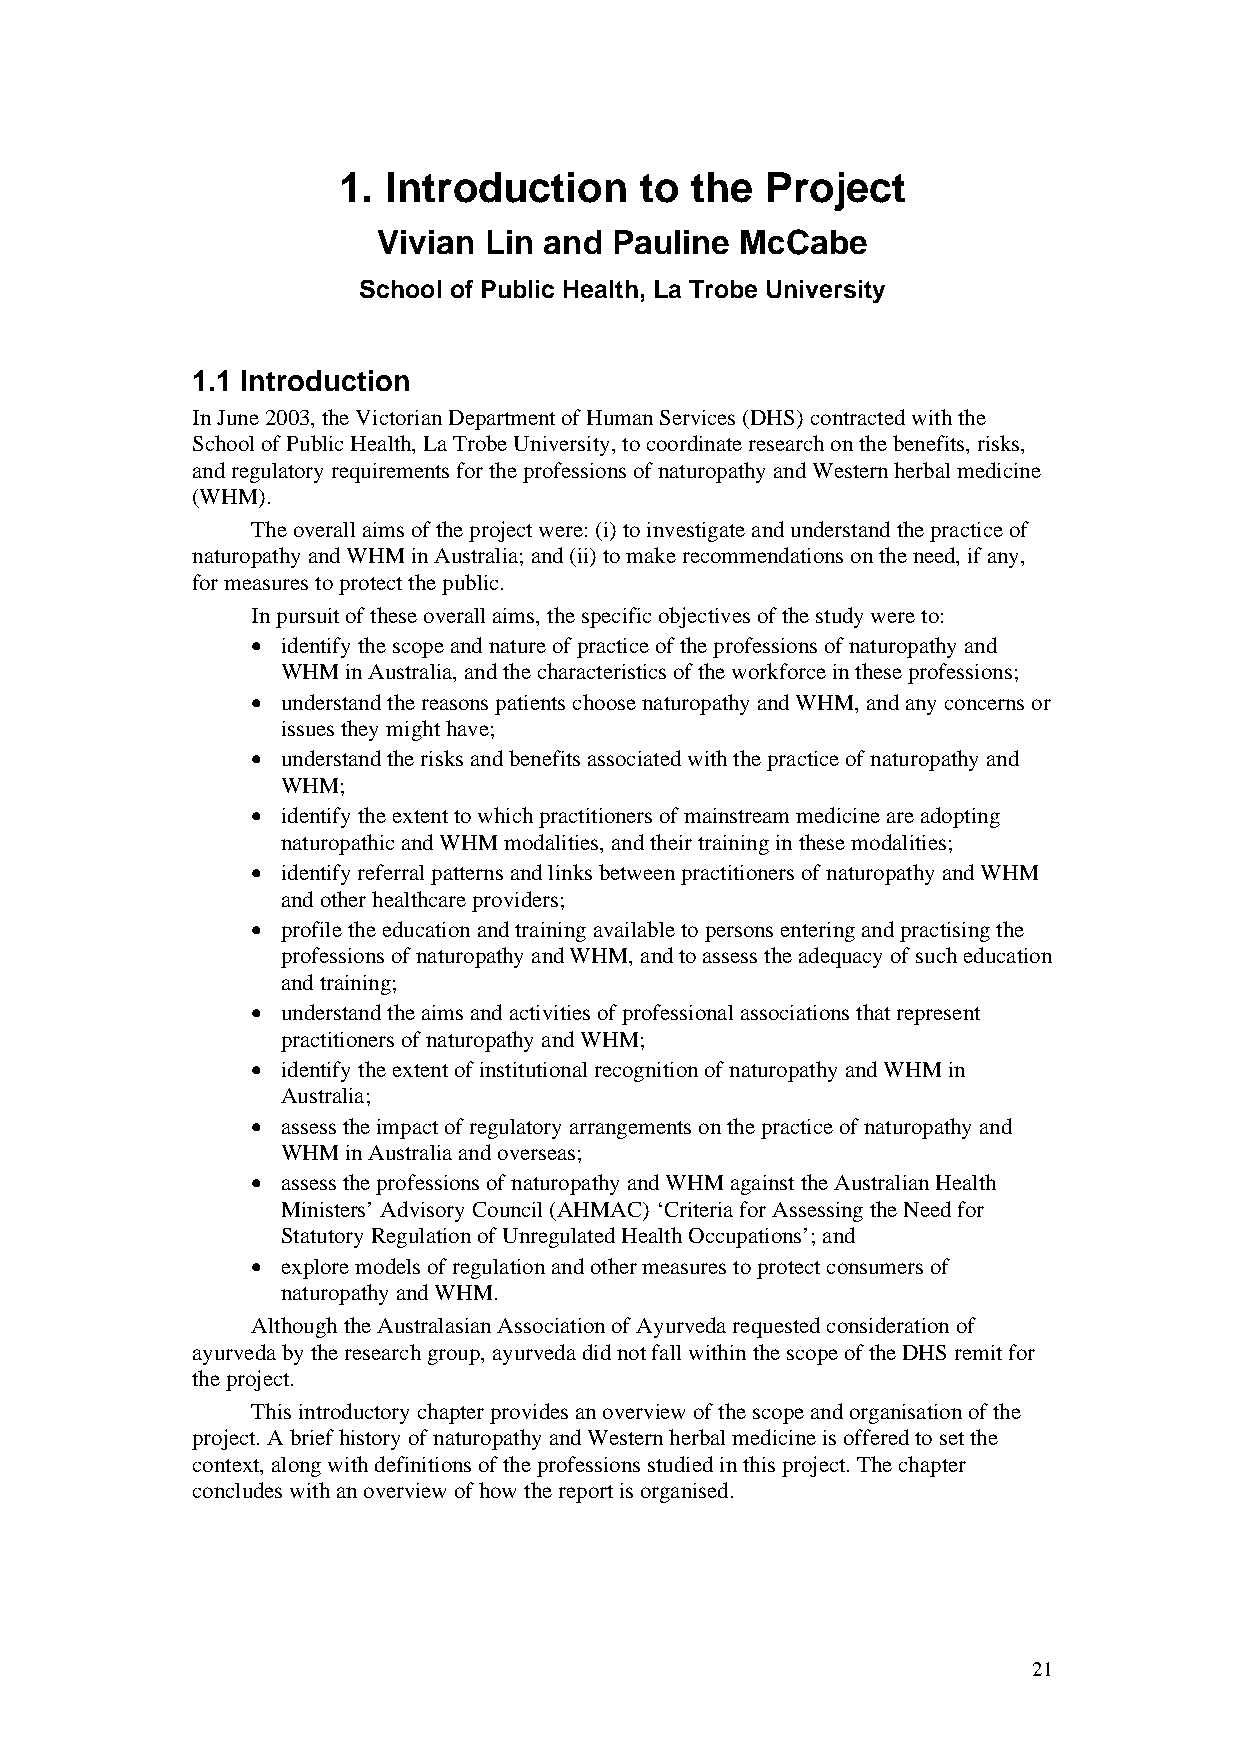
1.  Introduction    to  the  Project
 Vivian Lin and  Pauline McCabe
 School of Public Health, La Trobe University
 1.1 Introduction
 In June 2003, the Victorian Department of Human Services (DHS) contracted with the
 School of Public Health, La Trobe University, to coordinate research on the benefits, risks,
 and regulatory requirements for the professions of naturopathy and Western herbal medicine
 (WHM).
 The overall aims of the project were: (i) to investigate and understand the practice of
 naturopathy and WHM in Australia; and (ii) to make recommendations on the need, if any,
 for measures to protect the public.
 In pursuit of these overall aims, the specific objectives of the study were to:
 • identify the scope and nature of practice of the professions of naturopathy and
 WHM in Australia, and the characteristics of the workforce in these professions;
 • understand the reasons patients choose naturopathy and WHM, and any concerns or
 issues they might have;
 • understand the risks and benefits associated with the practice of naturopathy and
 WHM;
 • identify the extent to which practitioners of mainstream medicine are adopting
 naturopathic and WHM modalities, and their training in these modalities;
 • identify referral patterns and links between practitioners of naturopathy and WHM
 and other healthcare providers;
 • profile the education and training available to persons entering and practising the
 professions of naturopathy and WHM, and to assess the adequacy of such education
 and training;
 • understand the aims and activities of professional associations that represent
 practitioners of naturopathy and WHM;
 • identify the extent of institutional recognition of naturopathy and WHM in
 Australia;
 • assess the impact of regulatory arrangements on the practice of naturopathy and
 WHM in Australia and overseas;
 • assess the professions of naturopathy and WHM against the Australian Health
 Ministers’ Advisory Council (AHMAC) ‘Criteria for Assessing the Need for
 Statutory Regulation of Unregulated Health Occupations’; and
 • explore models of regulation and other measures to protect consumers of
 naturopathy and WHM.
 Although the Australasian Association of Ayurveda requested consideration of
 ayurveda by the research group, ayurveda did not fall within the scope of the DHS remit for
 the project.
 This introductory chapter provides an overview of the scope and organisation of the
 project. A brief history of naturopathy and Western herbal medicine is offered to set the
 context, along with definitions of the professions studied in this project. The chapter
 concludes with an overview of how the report is organised.
 21